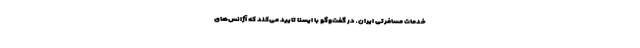
خدمات مسافرتی ایران ـ در گفت‌وگو با ایسنا تایید می‌کند که آژانس‌های